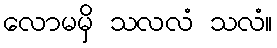
လောမမှိ သလလံ သလံ။